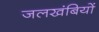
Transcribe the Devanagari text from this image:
जलखंबियों